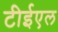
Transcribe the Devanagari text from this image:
टीईएल